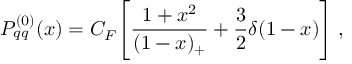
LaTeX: P _ { q q } ^ { ( 0 ) } ( x ) = C _ { F } \Bigg [ \frac { 1 + x ^ { 2 } } { ( 1 - x ) _ { + } } + \frac { 3 } { 2 } \delta ( 1 - x ) \Bigg ] \; ,